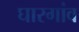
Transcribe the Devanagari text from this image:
घारगांव